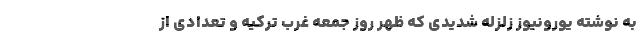
به نوشته یورونیوز زلزله شدیدی که ظهر روز جمعه غرب ترکیه و تعدادی از